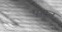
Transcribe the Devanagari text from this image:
पसून